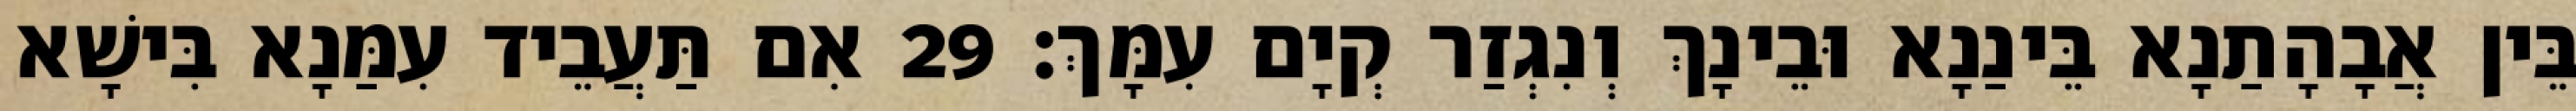
בֵּין אֲבָהָתַנָא בֵּינַנָא וּבֵינָךְ וְנִגְזַר קְיָם עִמָּךְ׃ 29 אִם תַּעֲבֵיד עִמַּנָא בִּישָׁא